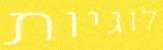
לוגיות